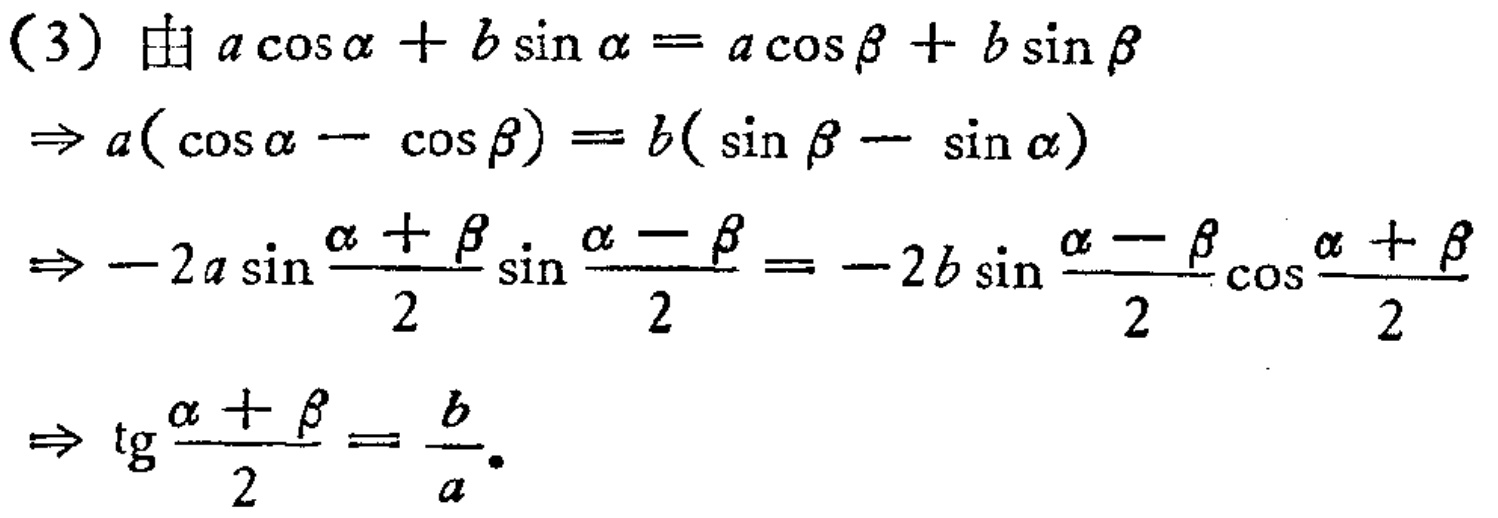
（3）由 \(a\cos\alpha + b\sin\alpha = a\cos\beta + b\sin\beta\)
\(\Rightarrow a(\cos\alpha - \cos\beta)=b(\sin\beta - \sin\alpha)\)
\(\Rightarrow -2a\sin\frac{\alpha + \beta}{2}\sin\frac{\alpha - \beta}{2}=-2b\sin\frac{\alpha - \beta}{2}\cos\frac{\alpha + \beta}{2}\)
\(\Rightarrow \mathrm{tg}\frac{\alpha + \beta}{2}=\frac{b}{a}\)